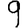
Digit: 9